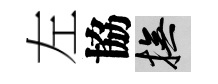
左協撫